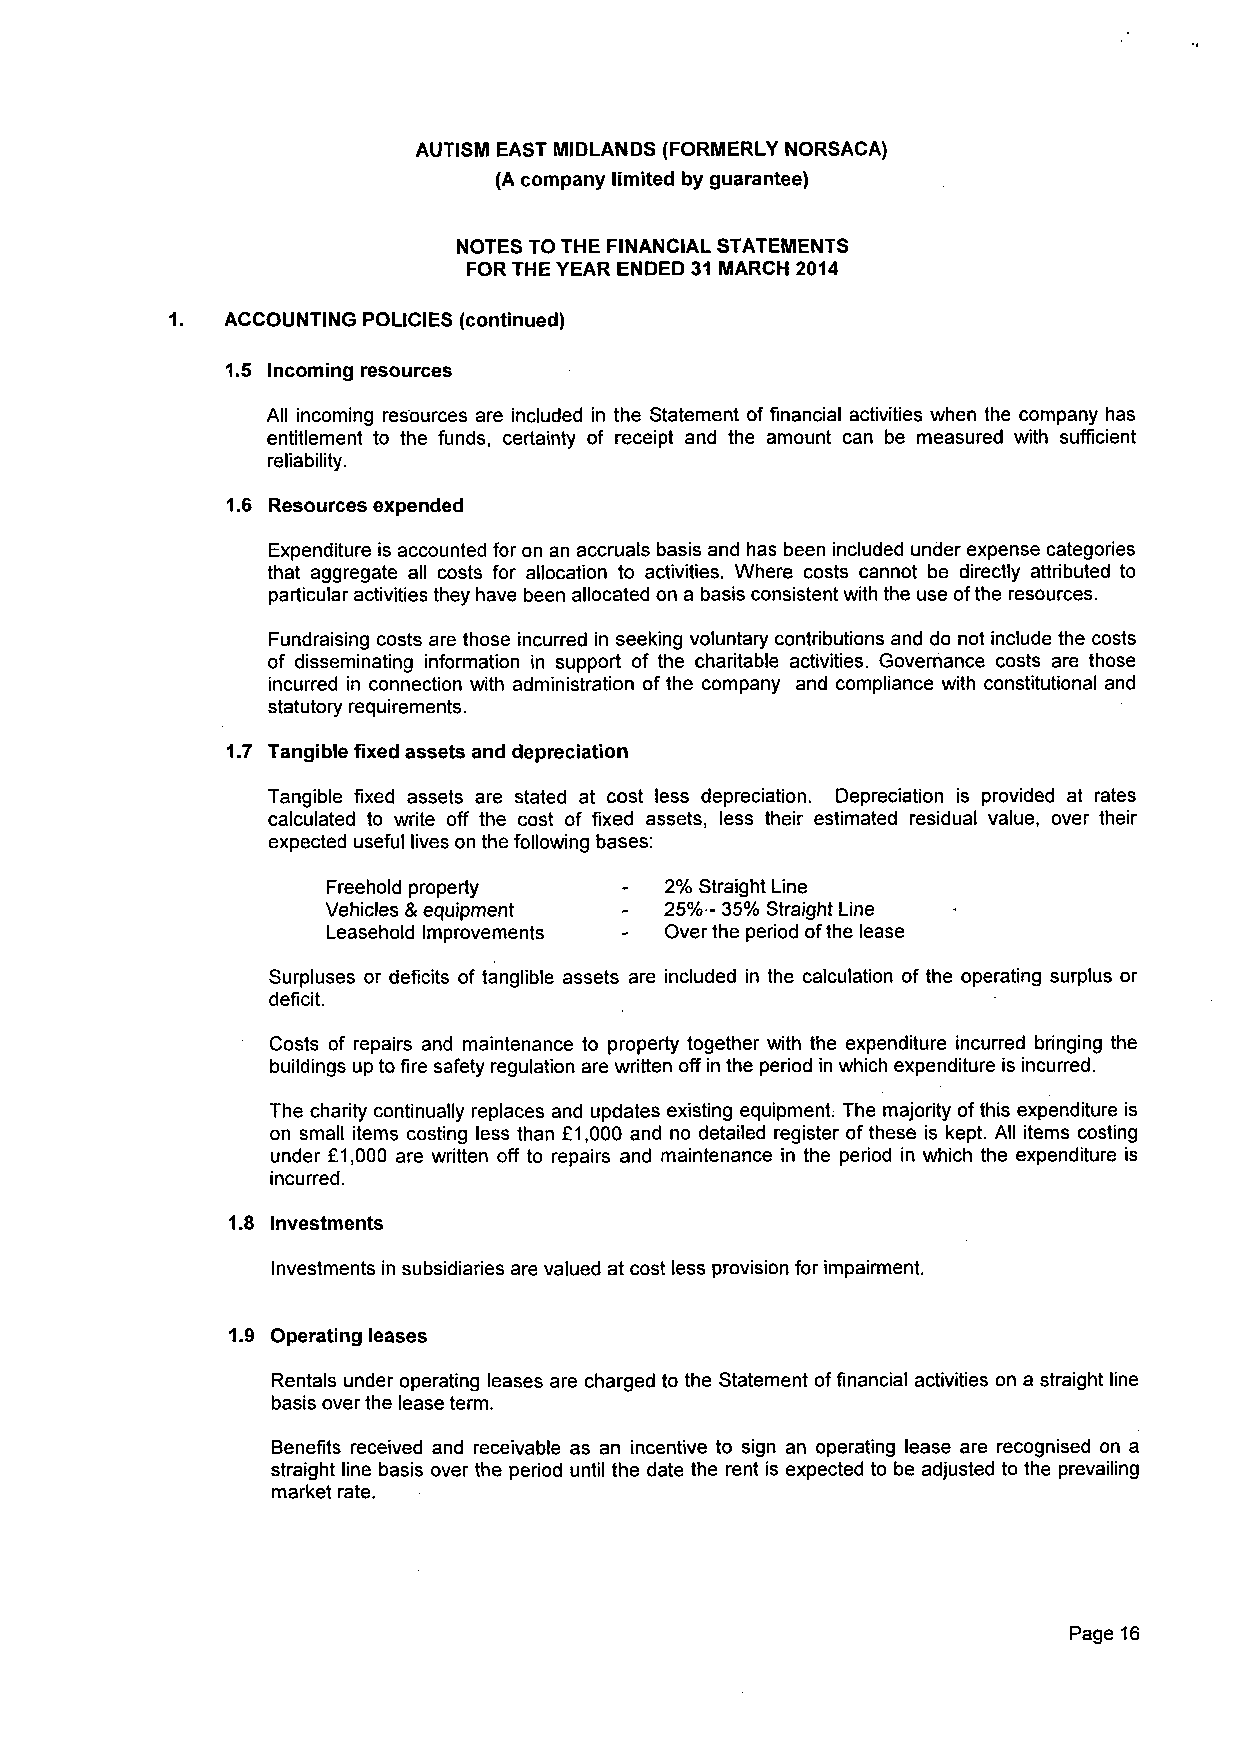
AUTISM EAST MIDLANDS (FORMERLY NORSACA)
 (A company limited by guarantee)
 NOTES TO THE FINANCIAL STATEMENTS
 FOR THE YEAR ENDED 31 MARCH 2014
 1.  ACCOUNTING POLICIES (continued)
 1.5 Incoming resources
 All incoming resources are included in the Statement of financial activities when the company has
 entitlement to the funds, certainty of receipt and the amount can be measured with sufficient
 reliability.
 1.6 Resources expended
 Expenditure is accounted for on an accruals basis and has been included under expense categories
 that aggregate all costs for allocation to activities. Where costs cannot be directly attributed to
 particular activities they have been allocated on a basis consistent with the use of the resources.
 Fundraising costs are those incurred in seeking voluntary contributions and do not include the costs
 of disseminating information in support of the charitable activities. Governance costs are those
 incurred in connection with administration of the company and compliance with constitutional and
 statutory requirements.
 1.7 Tangible fixed assets and depreciation
 Tangible fixed assets are stated at cost less depreciation. Depreciation is provided at rates
 calculated to write off the cost of fixed assets, less their estimated residual value, over their
 expected useful lives on the following bases:
 Freehold property     2% Straight Line
 Vehicles & equipment  25%- 35% Straight Line
 Leasehold Improvements Over the period of the lease
 Surpluses or deficits of tanglible assets are included in the calculation of the operating surplus or
 deficit.
 Costs of repairs and maintenance to property together with the expenditure incurred bringing the
 buildings up to fire safety regulation are written off in the period in which expenditure is incurred.
 The charity continually replaces and updates existing equipment; The majority of this expenditure is
 on small items costing less than £1,000 and no detailed register of these is kept. All items costing
 under £1,000 are written off to repairs and maintenance in the period in which the expenditure is
 incurred.
 1.8 Investments
 Investments in subsidiaries are valued at cost less provision for impairment.
 1.9 Operating leases
 Rentals under operating leases are charged to the Statement of financial activities on a straight line
 basis over the lease term.
 Benefits received and receivable as an incentive to sign an operating lease are recognised on a
 straight line basis over the period until the date the rent is expected to be adjusted to the prevailing
 market rate.
 Page 16